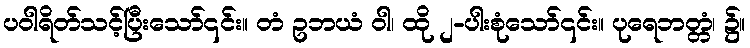
ပဝါရိတ်သင့်ပြီးသော်၎င်း။ တံ ဥဘယံ ဝါ၊ ထို ၂-ပါးစုံသော်၎င်း။ ပုရေဘတ္တံ၊ ၌။